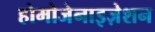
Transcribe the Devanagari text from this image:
होमोजेनाइज़ेशन